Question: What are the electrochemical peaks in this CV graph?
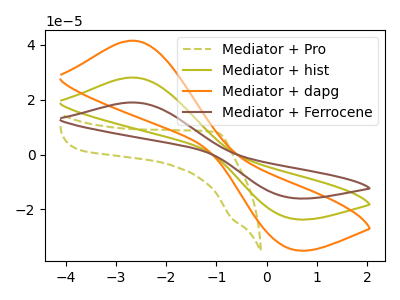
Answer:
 <answer>The olive dashed curve "Mediator + Pro" has no peaks. The olive curve "Mediator + hist" has an anodic peak at (-2.65V, 28.10uA) and a cathodic peak at (0.45V, -23.05uA). The orange curve "Mediator + dapg" has an anodic peak at (-2.65V, 41.55uA) and a cathodic peak at (0.45V, -34.10uA). The brown curve "Mediator + Ferrocene" has an anodic peak at (-2.65V, 56.20uA) and a cathodic peak at (0.45V, -46.10uA).</answer>
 <eval></eval>